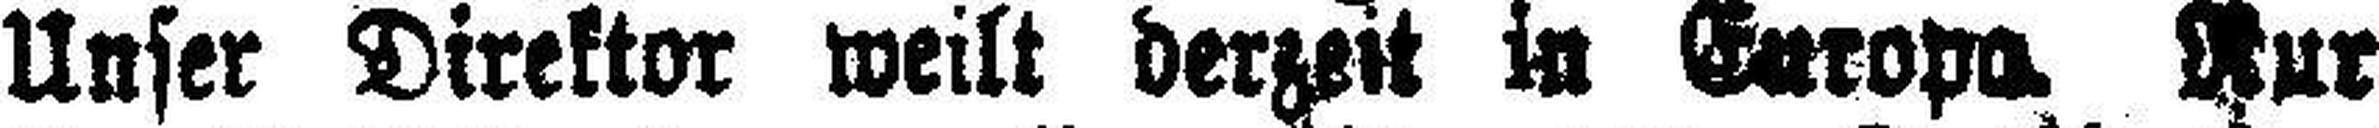
Unser Direktor weilt derzeit in Europa Nur